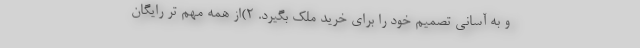
و به آسانی تصمیم خود را برای خرید ملک بگیرد. 2)از همه مهم تر رایگان